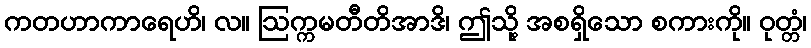
ကတဟာကာရေဟိ၊ လ။ ဩက္ကမတီတိအာဒိ၊ ဤသို့ အစရှိသော စကားကို။ ဝုတ္တံ၊